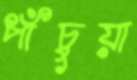
পাঁচুয়া